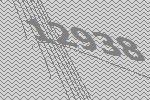
12938